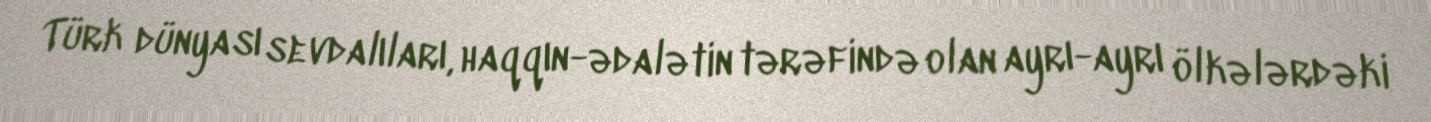
Türk dünyası sevdalıları, haqqın-ədalətin tərəfində olan ayrı-ayrı ölkələrdəki